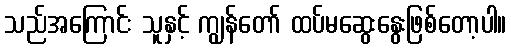
သည်အကြောင်း သူနှင့် ကျွန်တော် ထပ်မဆွေးနွေးဖြစ်တော့ပါ။